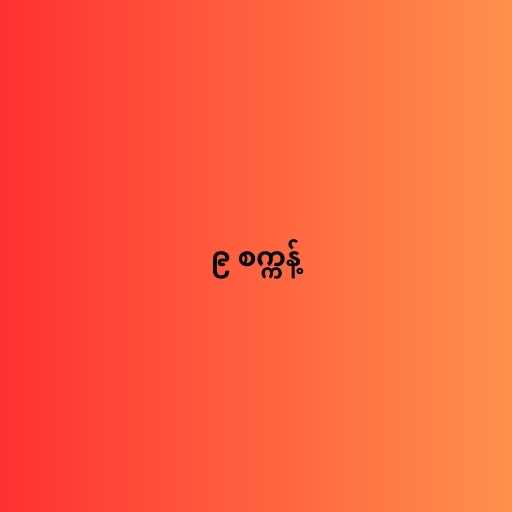
၉ စက္ကန့်